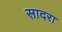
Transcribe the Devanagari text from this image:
सादरा